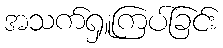
အသက်ရှူကြပ်ခြင်း